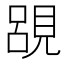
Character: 𮗔